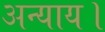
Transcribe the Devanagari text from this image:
अन्याय।